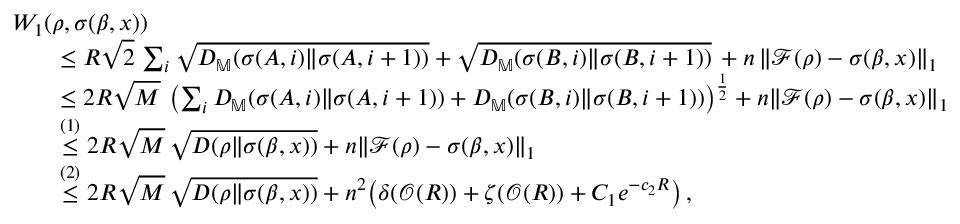
\begin{array} { r l } & { W _ { 1 } ( \rho , \sigma ( \beta , x ) ) } \\ & { \qquad \le R \sqrt { 2 } \, \sum _ { i } \sqrt { D _ { \mathbb { M } } ( \sigma ( A , i ) \| \sigma ( A , i + 1 ) ) } + \sqrt { D _ { \mathbb { M } } ( \sigma ( B , i ) \| \sigma ( B , i + 1 ) ) } \, + n \, \| \mathcal { F } ( \rho ) - \sigma ( \beta , x ) \| _ { 1 } } \\ & { \qquad \le 2 R \sqrt { M } \, \left( \sum _ { i } D _ { \mathbb { M } } ( \sigma ( A , i ) \| \sigma ( A , i + 1 ) ) + D _ { \mathbb { M } } ( \sigma ( B , i ) \| \sigma ( B , i + 1 ) ) \right) ^ { \frac { 1 } { 2 } } + n \| \mathcal { F } ( \rho ) - \sigma ( \beta , x ) \| _ { 1 } } \\ & { \qquad \overset { ( 1 ) } { \le } 2 R \sqrt { M } \, \sqrt { D ( \rho \| \sigma ( \beta , x ) ) } + n \| \mathcal { F } ( \rho ) - \sigma ( \beta , x ) \| _ { 1 } } \\ & { \qquad \overset { ( 2 ) } { \le } 2 R \sqrt { M } \, \sqrt { D ( \rho \| \sigma ( \beta , x ) ) } + n ^ { 2 } \big ( \delta ( \mathcal { O } ( R ) ) + \zeta ( \mathcal { O } ( R ) ) + C _ { 1 } e ^ { - c _ { 2 } R } \big ) \, , } \end{array}